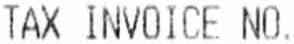
TAX INVOICE NO.